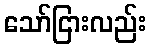
သော်ငြားလည်း